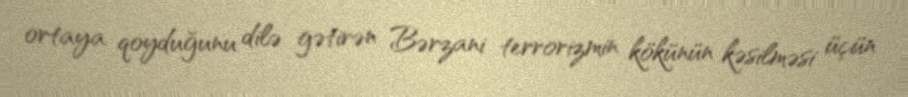
ortaya qoyduğunu dilə gətirən Bərzani terrorizmin kökünün kəsilməsi üçün